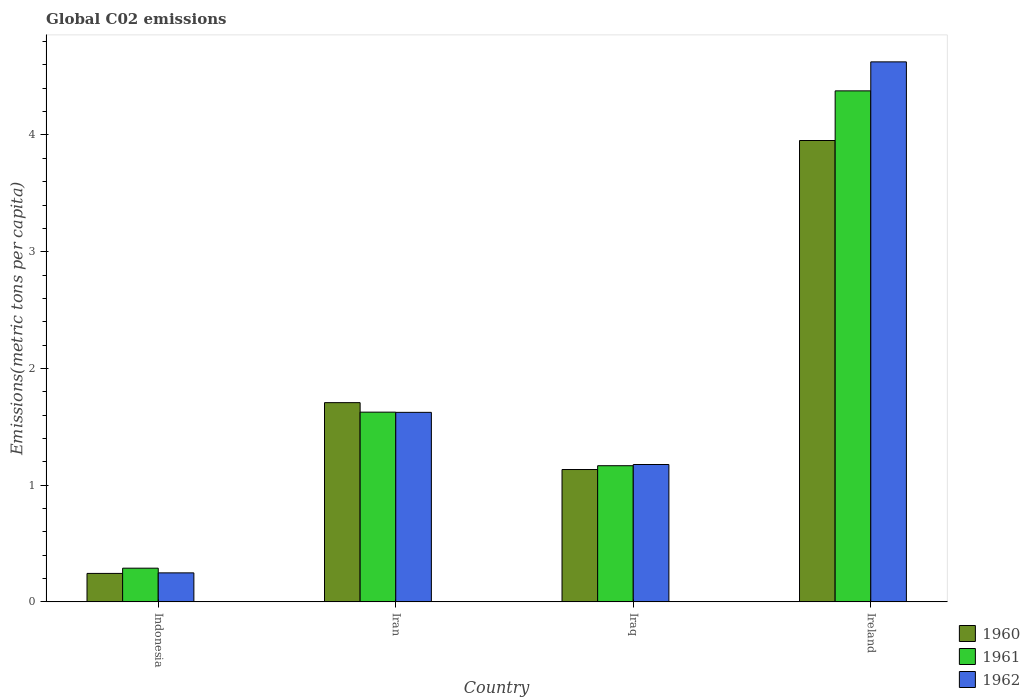
| Country | 1960 | 1961 | 1962 |
 | --- | --- | --- | --- |
 | Indonesia | 0.244 | 0.289 | 0.248 |
 | Iran | 1.71 | 1.63 | 1.62 |
 | Iraq | 1.13 | 1.17 | 1.18 |
 | Ireland | 3.95 | 4.38 | 4.63 |